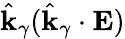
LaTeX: \hat{\mathbf{k}}_{\gamma}(\hat{\mathbf{k}}_{\gamma}\cdot\mathbf{E})